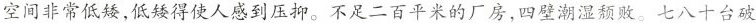
空间非常低矮，低矮得使人感到压抑。不足二百平米的厂房，四壁潮湿颓败。七八十台破